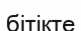
бітікте